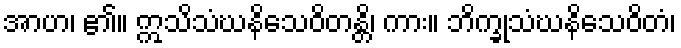
အာဟ၊ ၏။ ဣသိသံဃနိသေဝိတန္တိ၊ ကား။ ဘိက္ခုသံဃနိသေဝိတံ၊